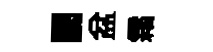
闤盆霜